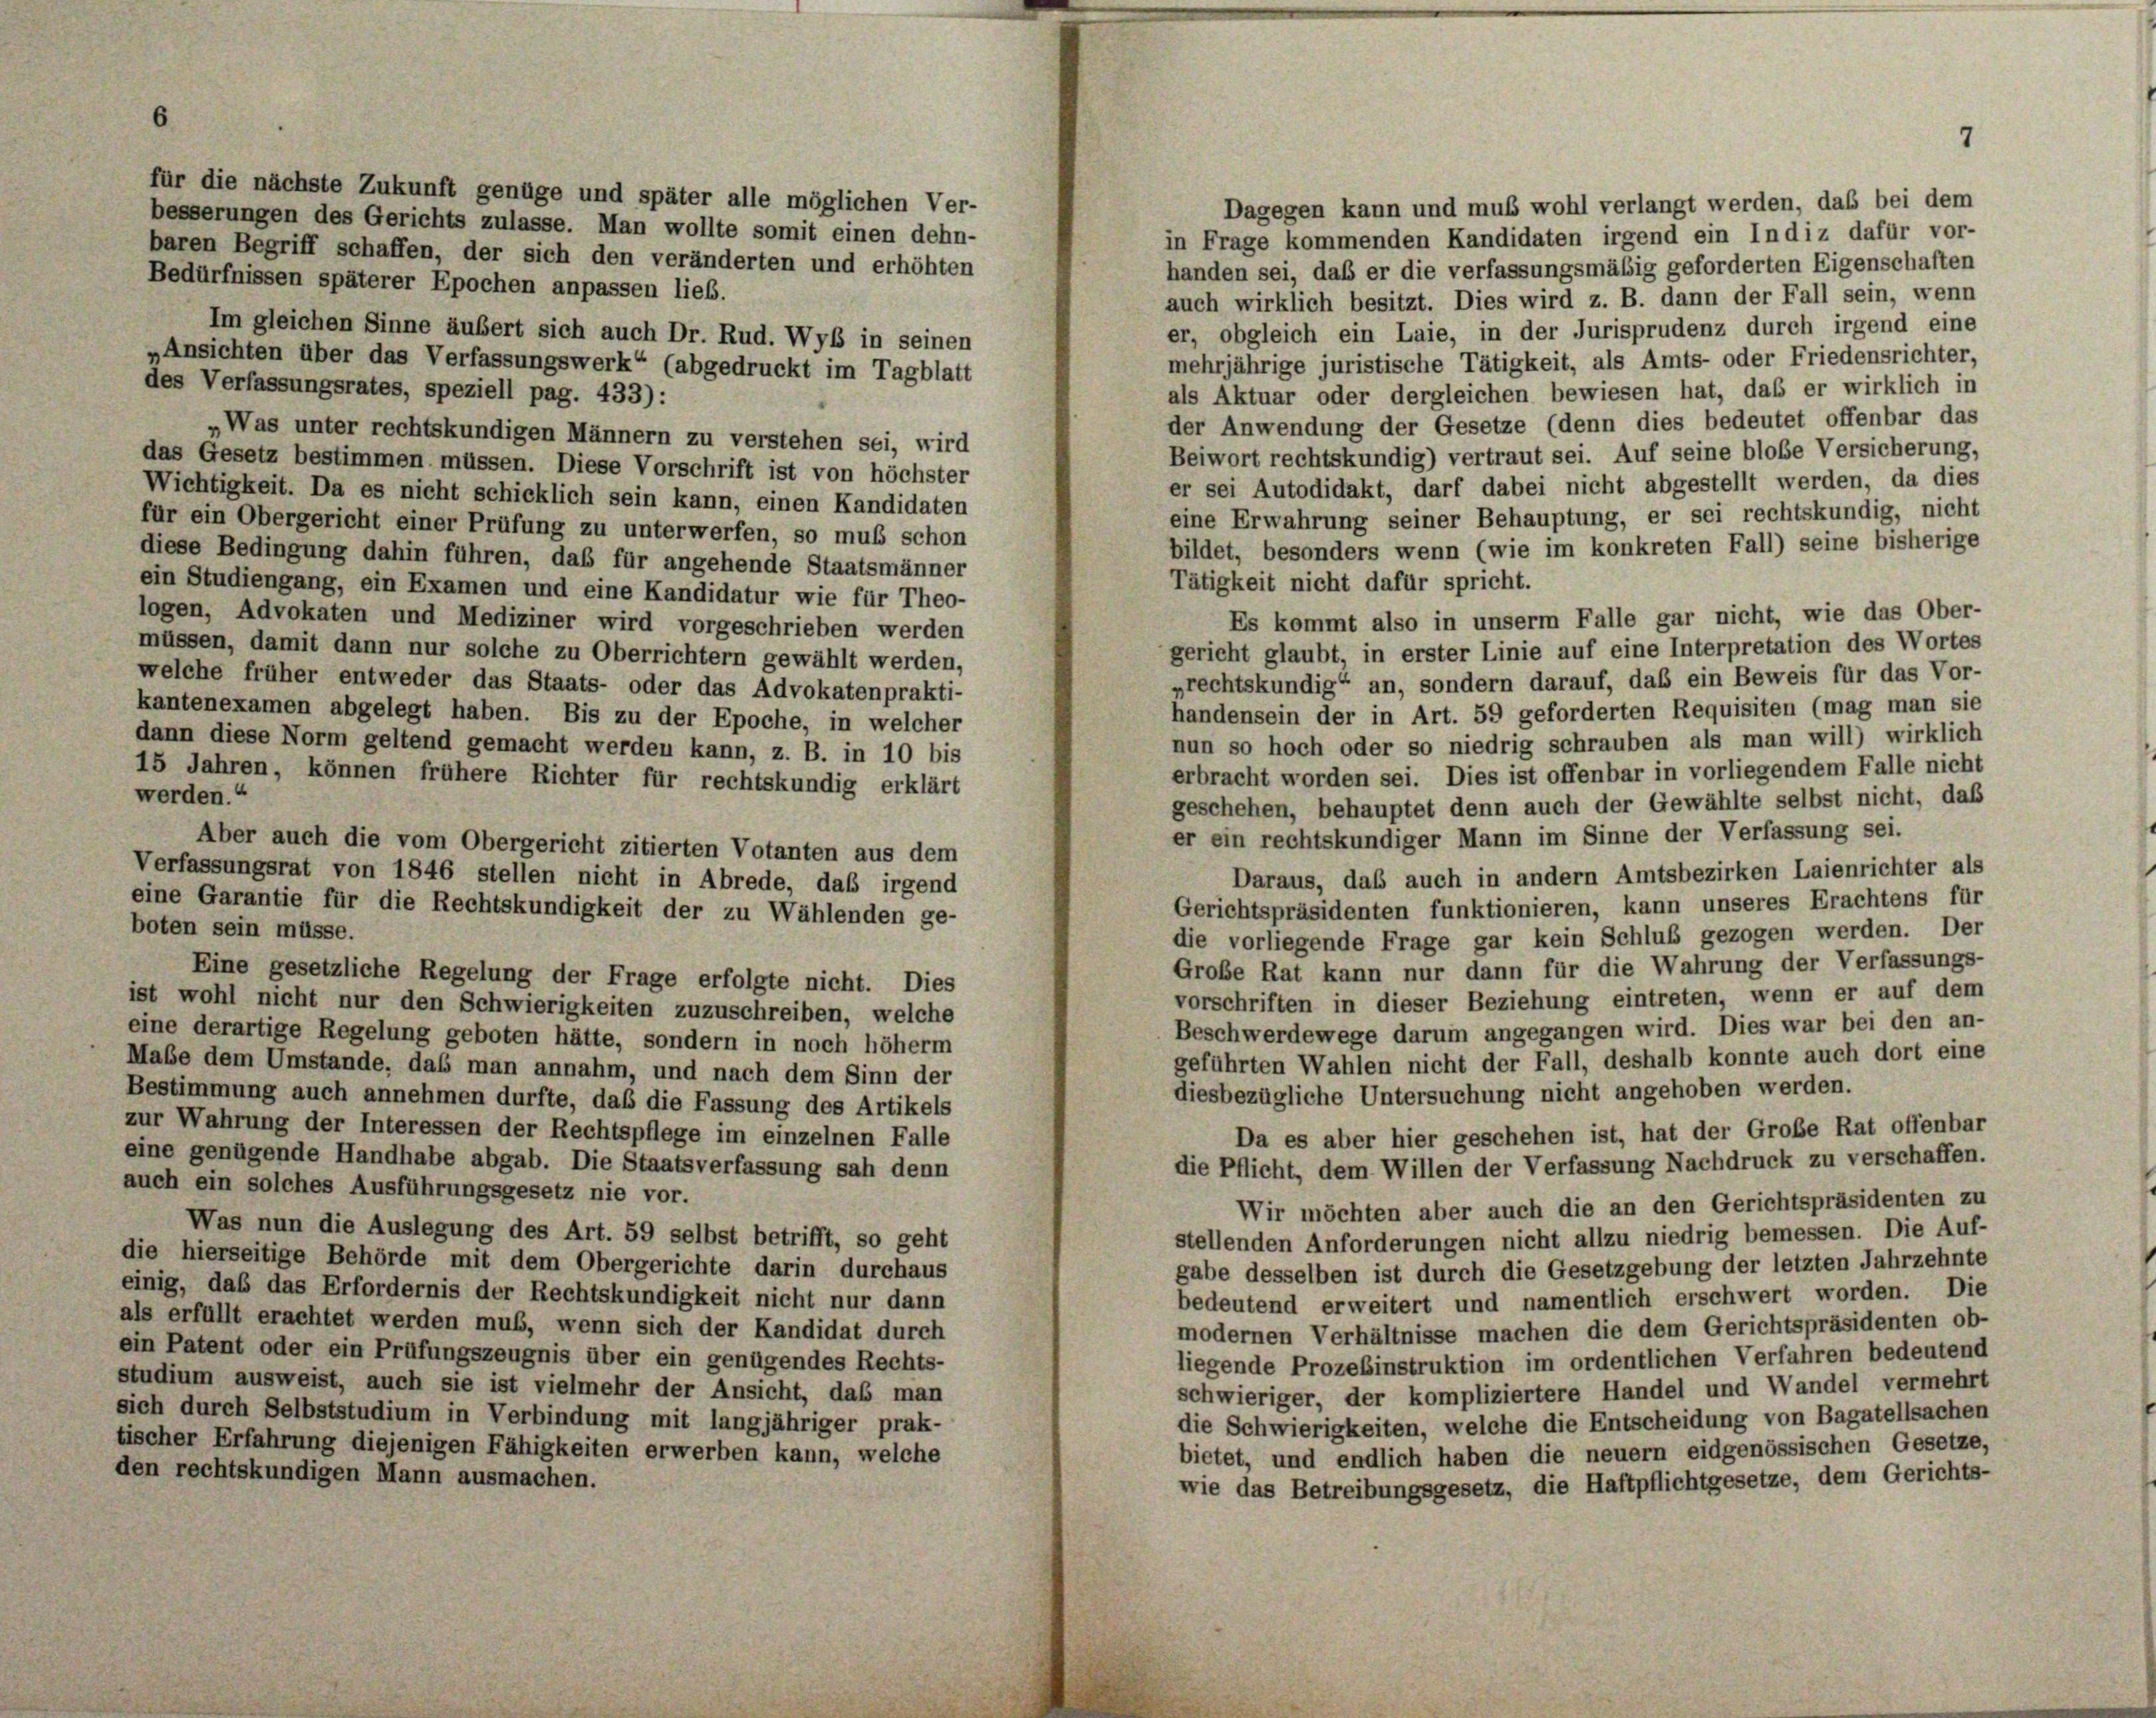
für die nächste Zukunft genüge und später alle möglichen Ver-
besserungen des Gerichts zulasse. Man wollte somit einen dehn-
baren Begriff schaffen, der sich den veränderten und erhöhten
Bedürfnissen späterer Epochen anpassen lieb.

Dagegen kann und muß wohl verlangt werden, das bei dem
in Frage kommenden Kandidaten irgend ein Indiz dafür vor-
handen sei, daß er die verfassungsmäßig geforderten Eigenschaften
auch wirklich besitzt. Dies wird z. B. dann der Fall sein, wenn
er, obgleich ein Laie, in der Jurisprudenz durch irgend eine
Im gleichen Sinne äußert sich auch Dr. Rud. Wyb in seinen
mehrjährige juristische Tätigkeit, als Amts- oder Friedensrichter,
„Ansichten über das Verfassungswerk“ (abgedruckt im Tagblatt
des Verfassungsrates, speziell pag. 433):
als Aktuar oder dergleichen bewiesen hat, daß er wirklich in
der Anwendung der Gesetze (denn dies bedeutet offenbar das
„Was unter rechtskundigen Männern zu verstehen sei, wird
Beiwort rechtskundig) vertraut sei. Auf seine blobe Versicherung,
das Gesetz bestimmen müssen. Diese Vorschrift ist von höchster
er sei Autodidakt, darf dabei nicht abgestellt werden, da dies
Wichtigkeit. Da es nicht schicklich sein kann, einen Kandidaten
eine Erwahrung seiner Behauptung, er sei rechtskundig, nicht
für ein Obergericht einer Prüfung zu unterwerfen, so muß schon
bildet, besonders wenn (wie im konkreten Fall) seine bisherige
diese Bedingung dahin führen, daß für angehende Staatsmänner
Tätigkeit nicht dafür spricht.
ein Studiengang, ein Examen und eine Kandidatur wie für Theo-
Es kommt also in unserm Falle gar nicht, wie das Ober-
logen, Advokaten und Mediziner wird vorgeschrieben werden
gericht glaubt, in erster Linie auf eine Interpretation des Wortes
müssen, damit dann nur solche zu Oberrichtern gewählt werden,
„rechtskundig“ an, sondern darauf, daß ein Beweis für das Vor-
welche früher entweder das Staats- oder das Advokatenprakti-
handensein der in Art. 59 geforderten Requisiten (mag man sie
kantenexamen abgelegt haben. Bis zu der Epoche, in welcher
nun so hoch oder so niedrig schrauben als man will) wirklich
dann diese Norm geltend gemacht werden kann, z. B. in 10 bis
erbracht worden sei. Dies ist offenbar in vorliegendem Falle nicht
15 Jahren, können frühere Richter für rechtskundig erklärt
werden.“
geschehen, behauptet denn auch der Gewählte selbst nicht, daß
er ein rechtskundiger Mann im Sinne der Verfassung sei.
Aber auch die vom Obergericht zitierten Votanten aus dem
Daraus, daß auch in andern Amtsbezirken Laienrichter als
Verfassungsrat von 1846 stellen nicht in Abrede, das irgend
Gerichtspräsidenten funktionieren, kann unseres Erachtens für
eine Garantie für die Rechtskundigkeit der zu Wählenden ge-
boten sein müsse.
die vorliegende Frage gar kein Schluß gezogen werden. Der
Große Rat kann nur dann für die Wahrung der Verfassungs-
Eine gesetzliche Regelung der Frage erfolgte nicht. Dies
vorschriften in dieser Beziehung eintreten, wenn er auf dem
ist wohl nicht nur den Schwierigkeiten zuzuschreiben, welche
Beschwerdewege darum angegangen wird. Dies war bei den an-
eine derartige Regelung geboten hätte, sondern in noch höherm
geführten Wahlen nicht der Fall, deshalb konnte auch dort eine
Mabe dem Umstände, das man annahm, und nach dem Sinn der
diesbezügliche Untersuchung nicht angehoben werden.
Bestimmung auch annehmen durfte, daß die Fassung des Artikels
zur Wahrung der Interessen der Rechtspflege im einzelnen Falle
Da es aber hier geschehen ist, hat der Große Rat offenbar
eine genügende Handhabe abgab. Die Staatsverfassung sah denn
die Pflicht, dem Willen der Verfassung Nachdruck zu verschaffen.
auch ein solches Ausführungsgesetz nie vor.
Wir möchten aber auch die an den Gerichtspräsidenten zu
Was nun die Auslegung des Art. 59 selbst betrifft, so geht
stellenden Anforderungen nicht allzu niedrig bemessen. Die Auf-
die hierseitige Behörde mit dem Obergerichte darin durchaus
gabe desselben ist durch die Gesetzgebung der letzten Jahrzehnte
einig, daß das Erfordernis der Rechtskundigkeit nicht nur dann
bedeutend erweitert und namentlich erschwert worden. Die
als erfüllt erachtet werden muß, wenn sich der Kandidat durch
modernen Verhältnisse machen die dem Gerichtspräsidenten ob-
ein Patent oder ein Prüfungszeugnis über ein genügendes Rechts-
liegende Prozesinstruktion im ordentlichen Verfahren bedeutend
studium ausweist, auch sie ist vielmehr der Ansicht, daß man
schwieriger, der kompliziertere Handel und Wandel vermehrt
sich durch Selbststudium in Verbindung mit langjähriger prak-
die Schwierigkeiten, welche die Entscheidung von Bagatellsachen
tischer Erfahrung diejenigen Fähigkeiten erwerben kann, welche
bietet, und endlich haben die neuern eidgenössischen Gesetze,
den rechtskundigen Mann ausmachen.
wie das Betreibungsgesetz, die Haftpflichtgesetze, dem Gerichts-

7